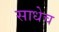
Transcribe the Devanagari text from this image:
साधेच